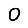
Digit: 0